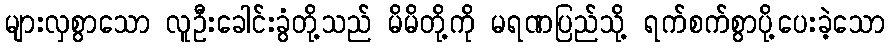
များလှစွာသော လူဦးခေါင်းခွံတို့သည် မိမိတို့ကို မရဏပြည်သို့ ရက်စက်စွာပို့ပေးခဲ့သော